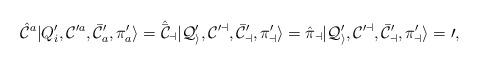
LaTeX: \begin{align*}{\hat {\cal C}}^a | Q'_i, {\cal C}^{\prime a},\bar {\cal C}^{\prime}_{ a}, {\pi}'_a \rangle =\hat {\bar {\cal C}}_a | Q'_i, {\cal C}^{\prime a},\bar {\cal C}^{\prime}_{ a}, {\pi}'_a \rangle ={\hat {\pi}}_a | Q'_i, {\cal C}^{\prime a},\bar {\cal C}^{\prime}_{ a}, {\pi}'_a \rangle =0,\end{align*}